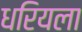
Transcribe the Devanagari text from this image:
धरियला